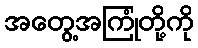
အတွေ့အကြုံတို့ကို